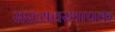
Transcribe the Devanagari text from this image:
सरव्यवस्थापक